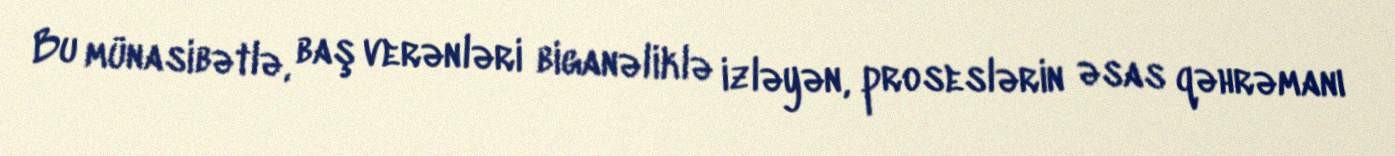
Bu münasibətlə, baş verənləri biganəliklə izləyən, proseslərin əsas qəhrəmanı